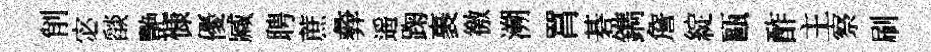
削宓𦦨艷慷優臧聘蔗彜遥踘裹徼溯罥碁鐫詹綻甌酢主察刷